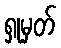
ရှုမှတ်